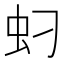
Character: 𱿘